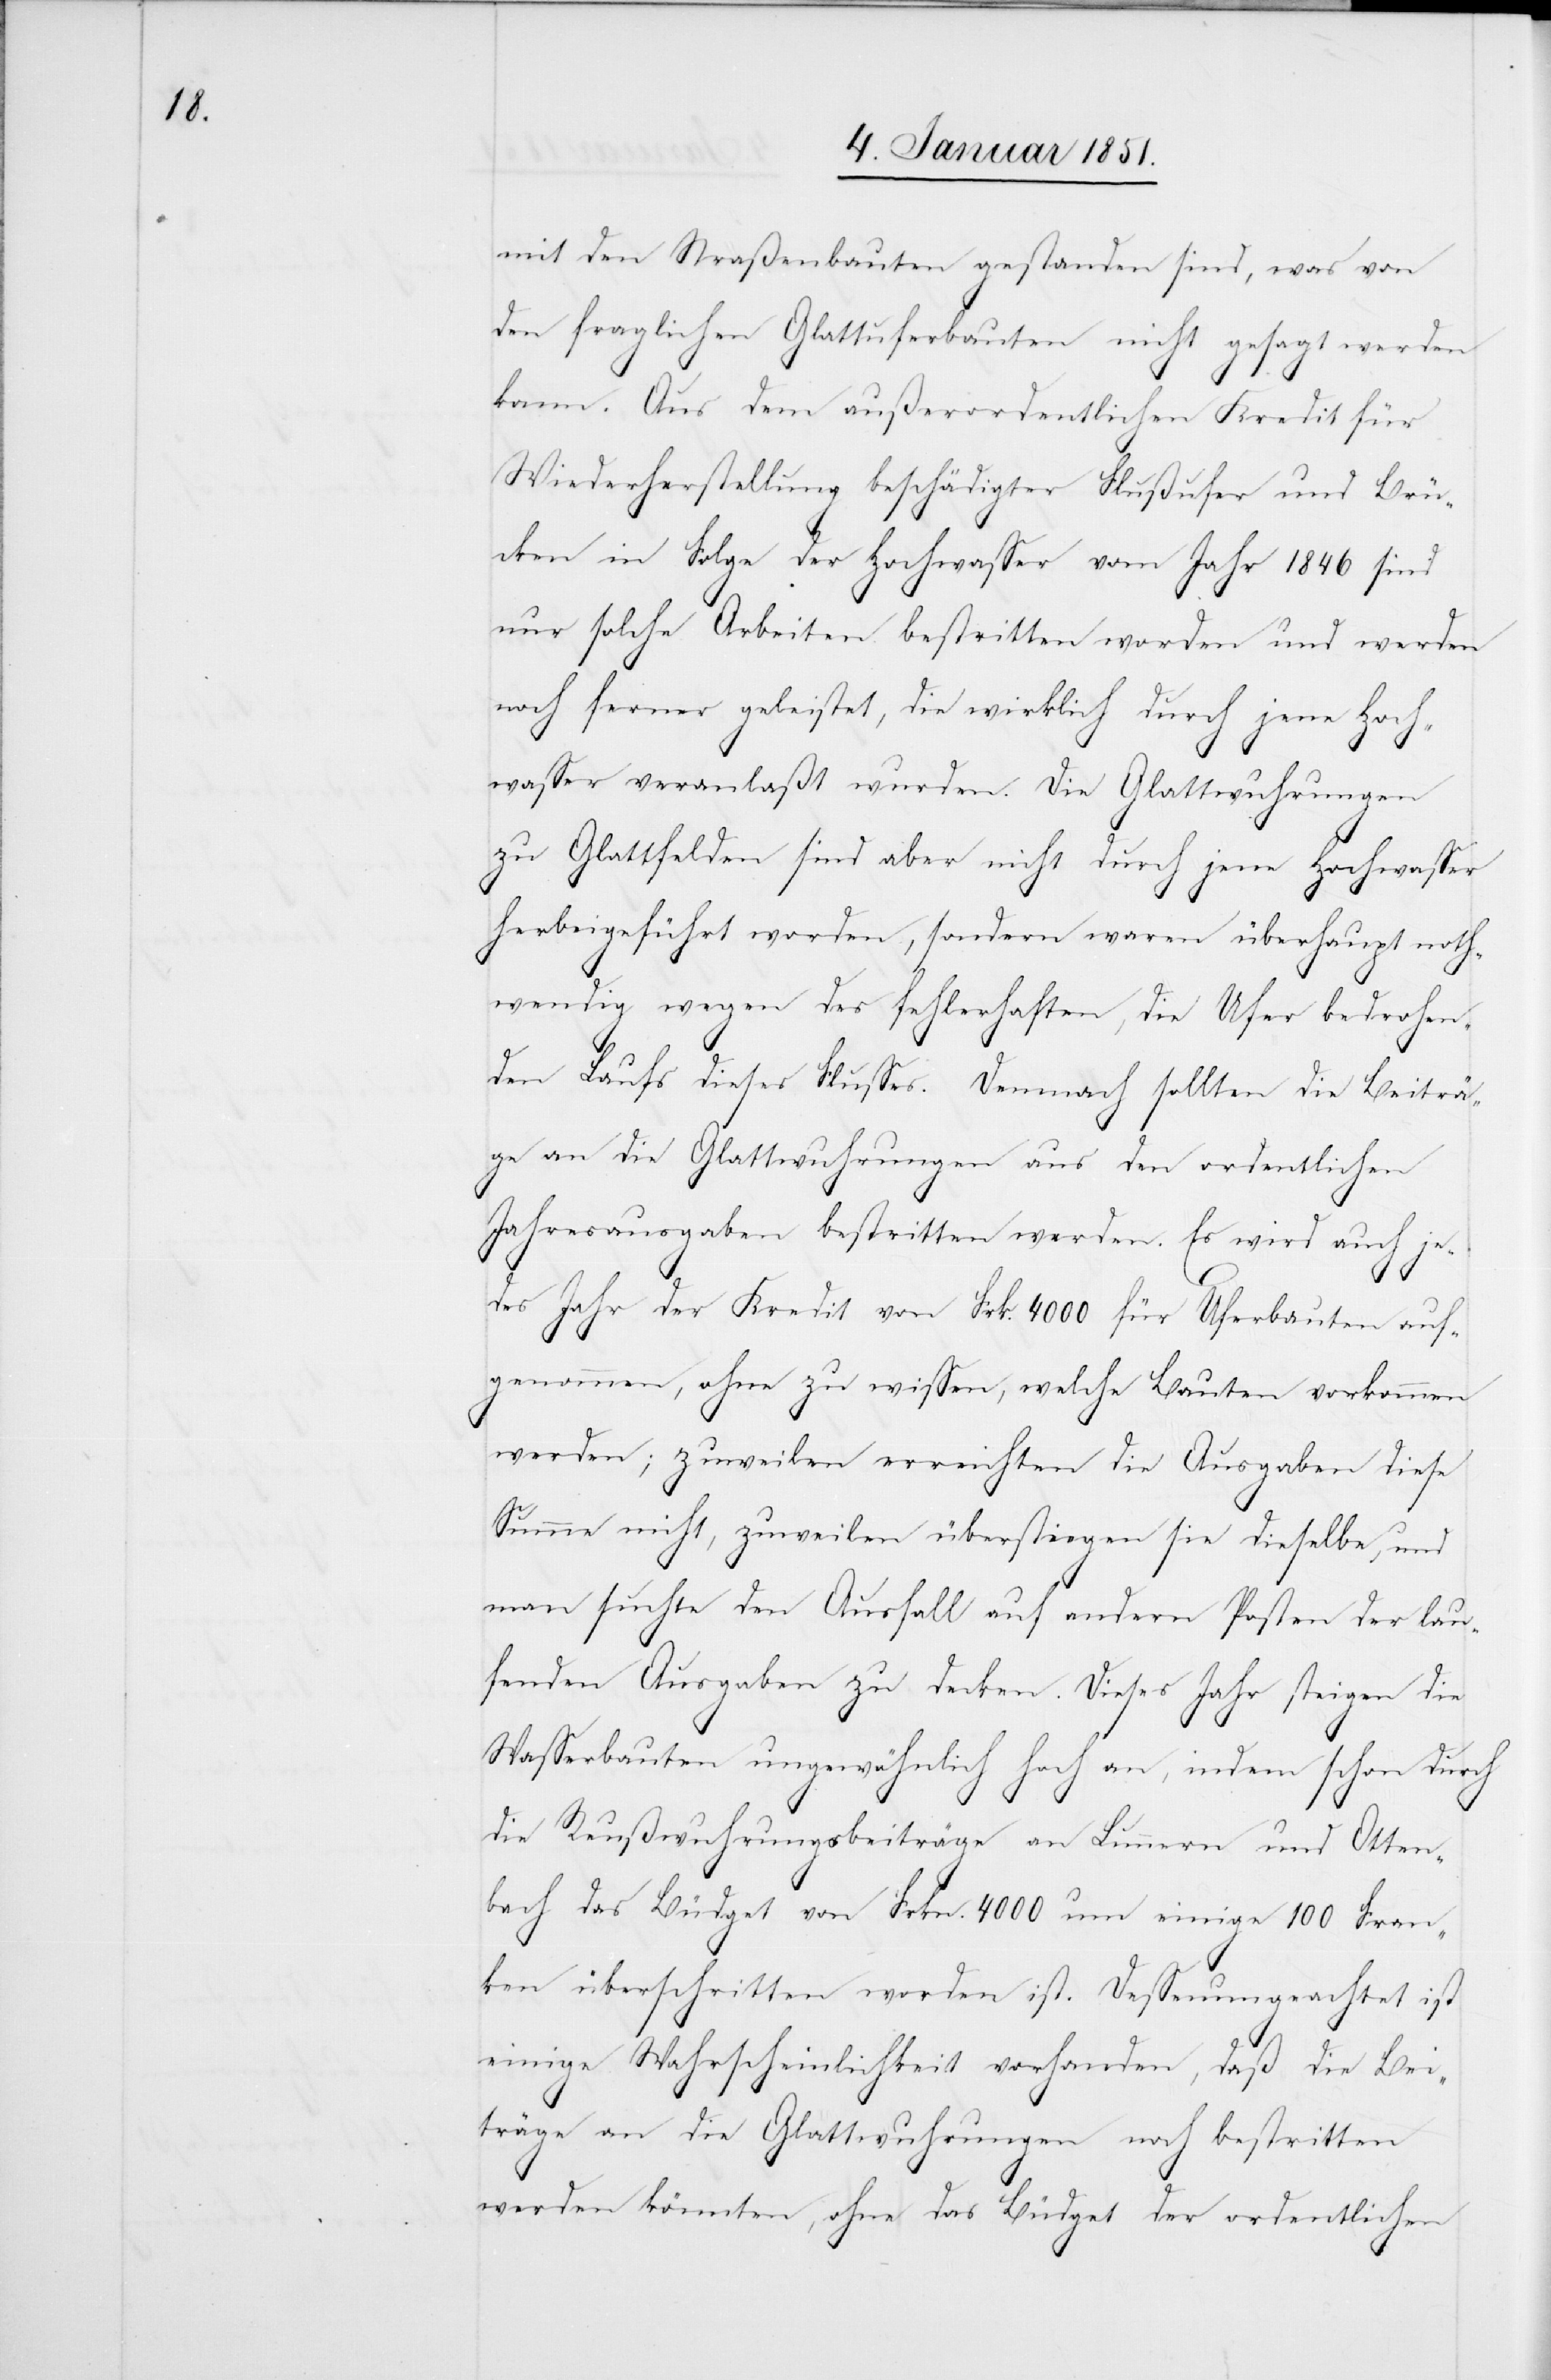
mit den Straßenbauten gestanden sind, was von
den fraglichen Glattuferbauten nicht gesagt werden
kann. Aus dem außerordentlichen Kredit für
Wiederherstellung beschädigter Flußufer und Brü¬
cken in Folge der Hochwasser vom Jahr 1846 sind
nur solche Arbeiten bestritten worden und werden
noch ferner geleistet, die wirklich durch jene Hoch¬
wasser veranlaßt wurden. Die Glattwuhrungen
zu Glattfelden sind aber nicht durch jene Hochwasser
herbeigeführt worden, sondern waren überhaupt noth¬
wendig wegen des fehlerhaften, die Ufer bedrohen¬
den Laufs dieses Flusses. Demnach sollten die Beiträ¬
ge an die Glattwuhrungen aus den ordentlichen
Jahresausgaben bestritten werden. Es wird auch je¬
des Jahr der Kredit von Frk. 4000 für Uferbauten auf¬
genommen, ohne zu wissen, welche Bauten vorkommen
werden; zuweilen erreichten die Ausgaben diese
Summe nicht, zuweilen überstiegen sie dieselbe, und
man suchte den Ausfall auf andern Posten der lau¬
fenden Ausgaben zu decken. Dieses Jahr steigen die
Wasserbauten ungewöhnlich hoch an, indem schon durch
die Reußwuhrungsbeiträge an Lunnern und Otten¬
bach das Büdget von Frkn. 4000 um einige 100 Fran¬
ken überschritten worden ist. Dessenungeachtet ist
einige Wahrscheinlichkeit vorhanden, daß die Bei¬
träge an die Glattwuhrungen noch bestritten
werden könnten, ohne das Büdget der ordentlichen